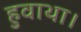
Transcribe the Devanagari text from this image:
हुवाथा।